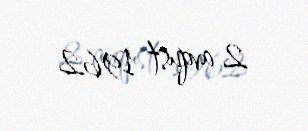
2 avqust 1962